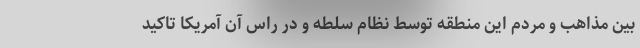
بین مذاهب و مردم این منطقه توسط نظام سلطه و در راس آن آمریکا تاکید